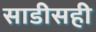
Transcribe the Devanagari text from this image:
साडीसही